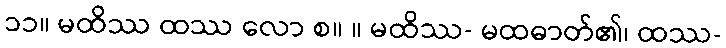
၁၁။ မထိဿ ထဿ လော စ။ ။ မထိဿ- မထဓာတ်၏၊ ထဿ-